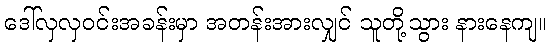
ဒေါ်လှလှဝင်းအခန်းမှာ အတန်းအားလျှင် သူတို့သွား နားနေကျ။